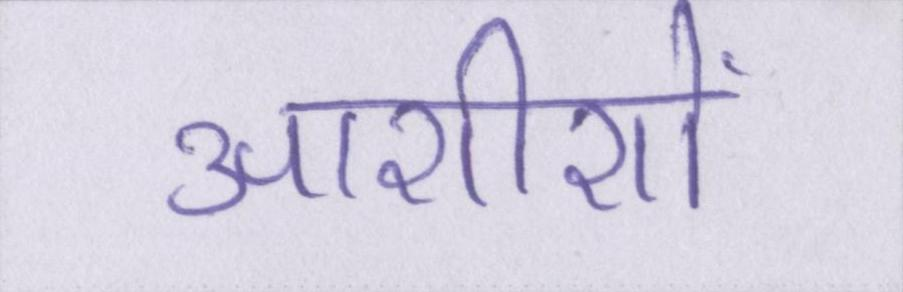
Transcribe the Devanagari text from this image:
आशीशों